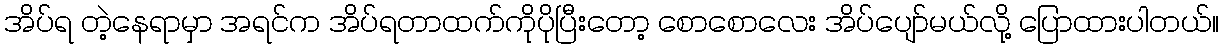
အိပ်ရ တဲ့နေရာမှာ အရင်က အိပ်ရတာထက်ကိုပိုပြီးတော့ စောစောလေး အိပ်ပျော်မယ်လို့ ပြောထားပါတယ်။